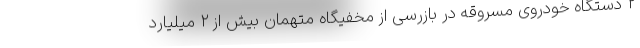
۲ دستگاه خودروی مسروقه در بازرسی از مخفیگاه متهمان بیش از ۲ میلیارد